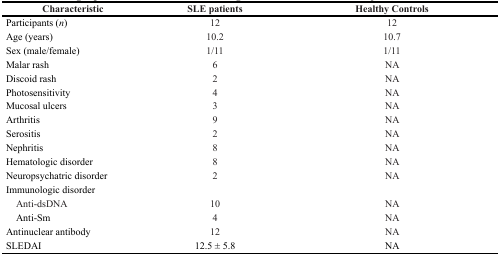
| Characteristic | SLE patients | Healthy Controls |
 | --- | --- | --- |
 | Participants (n) | 12 | 12 |
 | Age (years) | 10.2 | 10.7 |
 | Sex (male/female) | 1/11 | 1/11 |
 | Malar rash | 6 | NA |
 | Discoid rash | 2 | NA |
 | Photosensitivity | 4 | NA |
 | Mucosal ulcers | 3 | NA |
 | Arthritis | 9 | NA |
 | Serositis | 2 | NA |
 | Nephritis | 8 | NA |
 | Hematologic disorder | 8 | NA |
 | Neuropsychatric disorder | 2 | NA |
 | Immunologic disorder |  |  |
 | Anti-dsDNA | 10 | NA |
 | Anti-Sm | 4 | NA |
 | Antinuclear antibody | 12 | NA |
 | SLEDAI | 12.5 ± 5.8 | NA |